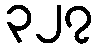
၃၂၇